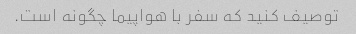
توصیف کنید که سفر با هواپیما چگونه است.